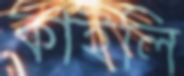
কাইলি